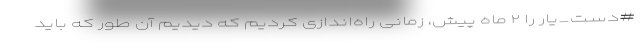
#دست_یار را ۲ ماه پیش، زمانی راه‌اندازی کردیم که دیدیم آن طور که باید